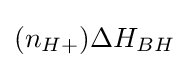
(n_{H+})\Delta H_{BH}